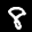
Label: 8